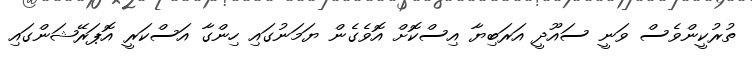
ތުރުކީންވެސް ވަނީ ސައޫދީ އަރަބިޔާ އިސްކޮށް އޮވެގެން ޔަމަނުގައި ހިންގާ އަސްކަރީ އޮޕަރޭޝަންގައި